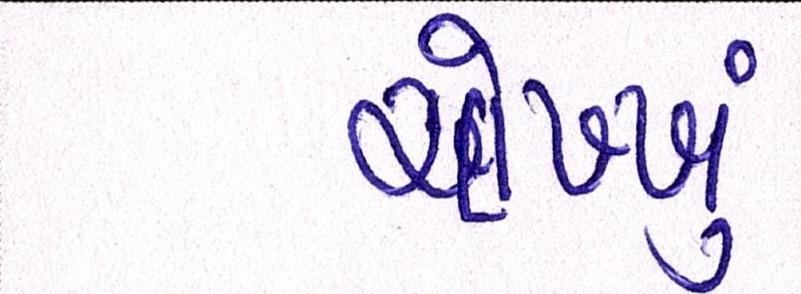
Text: ચોખ્ખુ